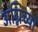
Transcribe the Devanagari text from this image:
अग्निच्या